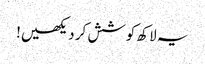
یہ لاکھ کوشش کر دیکھیں!